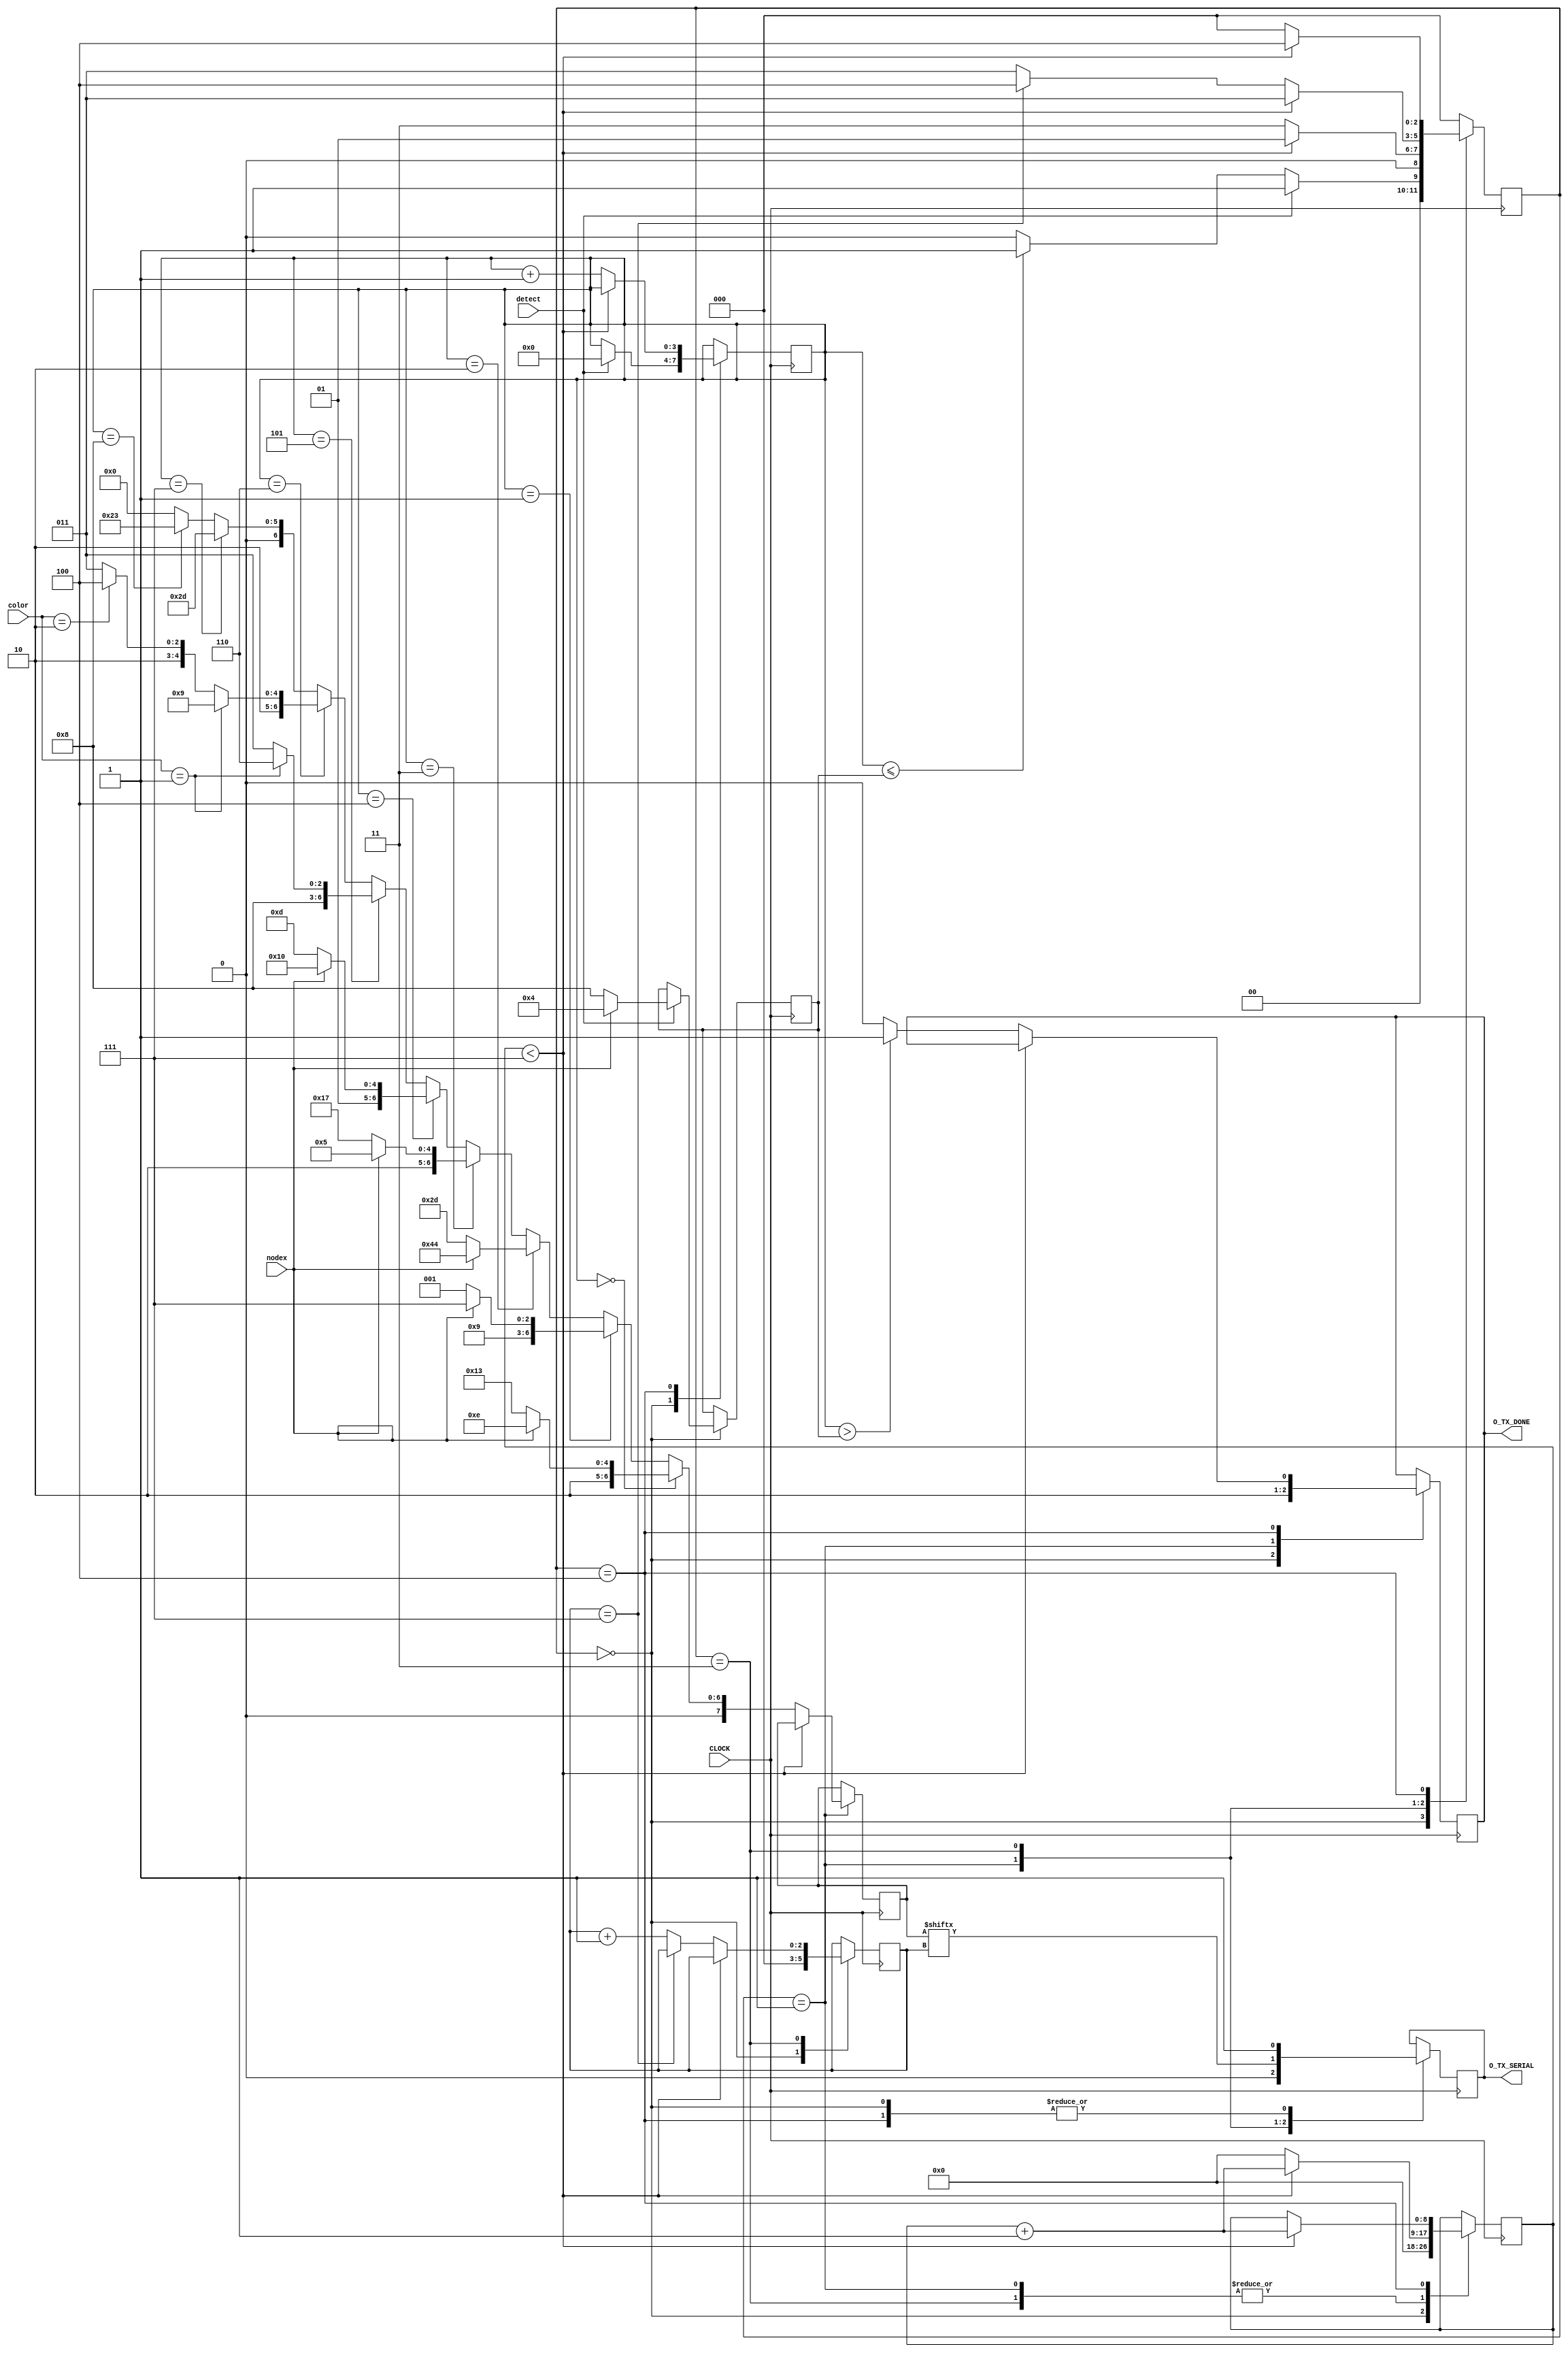
module XBEE(
				input CLOCK,
				input detect,
				input [2:0]color,
				input nodex,
				output reg O_TX_SERIAL,
				output O_TX_DONE);
	// input [7:0]TX_BYTE removed for now may be added later 
	// Time period 20ns freq = 50MHz
	parameter clks_per_bit = 8;
	parameter IDLE = 3'b000;
	parameter TX_START_BIT = 3'B001;
	parameter TX_DATA_BITS = 3'b011;
	parameter TX_STOP_BIT = 3'b100;
	parameter CLEANUP = 3'b101;
	
	parameter HASH = 8'b00100011;
	parameter DASH = 8'b00101101;
	parameter CHARS = 8'b01010011;
	parameter CHARI = 8'b01001001;
	parameter CHARF = 8'b01000110;
	parameter CHARC = 8'b01000011;
	parameter CHART = 8'b01010100;
	parameter CHARW = 8'b01010111;
	parameter CHARN = 8'b01001110;
	parameter CHARO = 8'b01001111;
	parameter CHARD = 8'b01000100;
	parameter CHARE = 8'b01000101;
	parameter ZERO = 8'b00110000;
	
	reg [3:0]next_limit=8;
	reg [3:0]next = 9;
	reg [2:0]r_state = IDLE;
	reg [8:0]r_clock_count = 0;
	reg [2:0]r_bit_index = 0;
	reg [7:0]r_data_bits = 0;
	reg r_TX_DONE = 0;
	reg [3:0]node_num = 0;
	
	
	
	always @(posedge CLOCK)
	begin
		case(r_state)
			IDLE :
				begin
					r_clock_count <= 0;
					r_bit_index <= 0;
					O_TX_SERIAL <= 1'b1;
					r_TX_DONE <= 1'b1;
					if(detect == 1)
					begin
						r_state <= TX_START_BIT;
						next <= 0;
						if(nodex == 1)
							next_limit <= 4;
						else
							next_limit <= 8;
					end
					else if(next <= next_limit)
						r_state <= TX_START_BIT;
					else
						r_state <= IDLE;
				end
				
			TX_START_BIT :
				begin
					O_TX_SERIAL <= 0;
					r_TX_DONE <= 0;
					if(r_clock_count < clks_per_bit-1)
					begin
						r_clock_count <= r_clock_count + 1'b1;
						r_state <= TX_START_BIT;
					end
					else
					begin
						r_clock_count <= 0;
						r_state <= TX_DATA_BITS;
						if (next == 0)
							r_data_bits <= (nodex == 1)? CHARN: CHARS;
						else if (next == 1)
							r_data_bits <= (nodex == 1)? CHARO: CHARI;
						else if (next == 2)
							r_data_bits <= (nodex == 1)? CHARD: DASH;
						else if (next == 3)
							r_data_bits <= (nodex == 1)? CHARE: CHARW;
						else if (next == 4)
							r_data_bits <= (nodex == 1)? (ZERO + node_num): DASH;
						else if (next == 5)
						begin
							if(color == 1)
								r_data_bits <= CHARF;
							else if (color == 2)
								r_data_bits <= CHARC;
							else
								r_data_bits <= CHARC;
						end
						else if (next == 6)
						begin
							if(color == 1)
								r_data_bits <= CHARI;
							else if (color == 2)
								r_data_bits <= CHART;
							else
								r_data_bits <= CHARS;
						end
						else if (next == 7)
							r_data_bits <= DASH;
						else if (next == 8)
							r_data_bits <= HASH;
						else
							r_data_bits <= 0;
					end
				end
				
			TX_DATA_BITS :
				begin
					O_TX_SERIAL <= r_data_bits[r_bit_index];
					
					if(r_clock_count < clks_per_bit-1)
					begin
						r_clock_count <= r_clock_count + 1'b1;
						r_state <= TX_DATA_BITS;
					end
					else
					begin
						if(r_bit_index == 7)
						begin
							r_clock_count <= 0;
							r_state <= TX_STOP_BIT;
						end
						else
						begin
							r_clock_count <= 0;
							r_state <= TX_DATA_BITS;
							r_bit_index <= r_bit_index + 1'b1;
						end
					end
				end
			
			TX_STOP_BIT :
				begin
					O_TX_SERIAL <= 1;
					if(r_clock_count < clks_per_bit-1)
					begin
						r_clock_count <= r_clock_count + 1'b1;
						r_state <= TX_STOP_BIT;
					end
					else
					begin
						r_state <= IDLE;
						next <= next + 1'b1;
						if(next > next_limit)
							r_TX_DONE <= 1;
						else
							r_TX_DONE <= 0;
					end
				end

				
			default :
				begin
					r_state <= IDLE;
				end
				
		endcase
	end
	
	
	assign O_TX_DONE = r_TX_DONE;
	
endmodule